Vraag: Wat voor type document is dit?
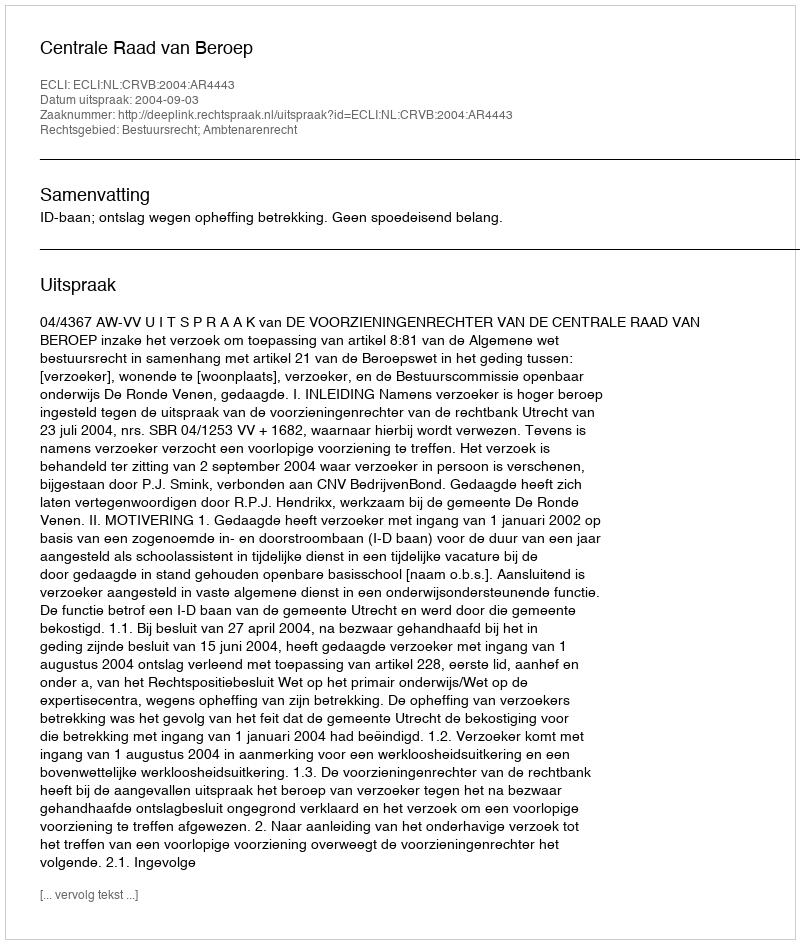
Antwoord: Uitspraak